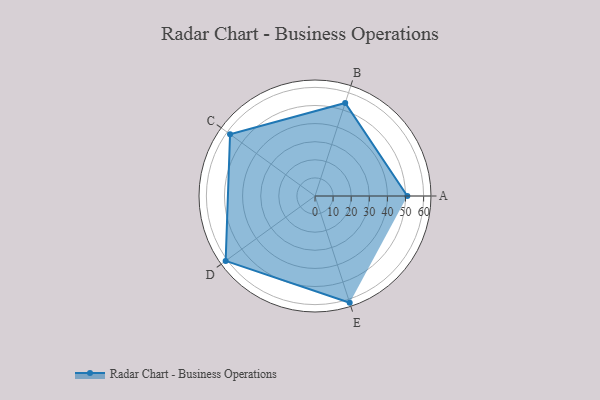
{"axis": {"x": "Skill", "y": "Score"}, "legend": ["Profile"], "data": [{"x": "A", "y": 51.0, "type": "Profile"}, {"x": "B", "y": 54.0, "type": "Profile"}, {"x": "C", "y": 58.0, "type": "Profile"}, {"x": "D", "y": 61.0, "type": "Profile"}, {"x": "E", "y": 62.0, "type": "Profile"}]}